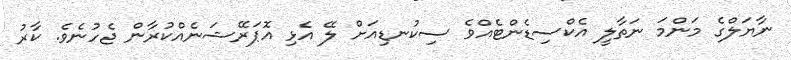
ނާޔަލްގެ މަންމަ ނަތާލީ އެކްސިޑެންޓެއްވެ ސިކުނޑިއަށް ލޭ އެޅި އޮޕަރޭޝަނެއްކުރާން ޖެހުނެވެ. ކާރު